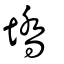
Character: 墧